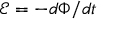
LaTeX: \textstyle { \mathcal { E } } = - d \Phi / d t